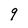
Character: q